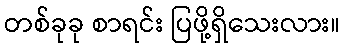
တစ်ခုခု စာရင်း ပြဖို့ရှိသေးလား။